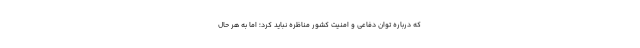
که درباره توان دفاعی و امنیت کشور مناظره نباید کرد؛ اما به هر حال